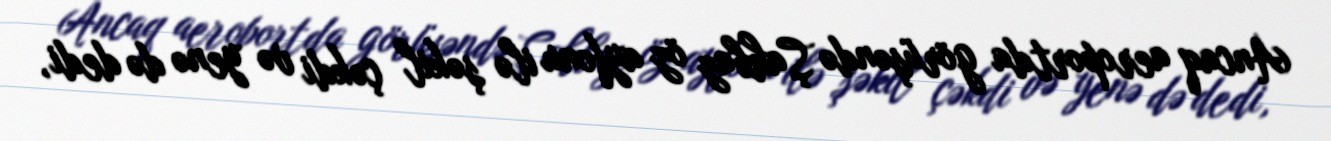
Ancaq aeroportda görüşəndə Şahbaz öz ayfonu ilə şəkil çəkdi və yenə də dedi,